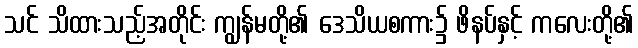
သင် သိထားသည့်အတိုင်း ကျွန်မတို့၏ ဒေသိယစကား၌ ဖိနပ်နှင့် ကလေးတို့၏